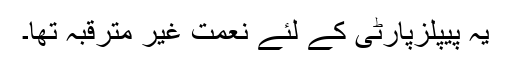
یہ پیپلزپارٹی کے لئے نعمت غیر مترقبہ تھا۔